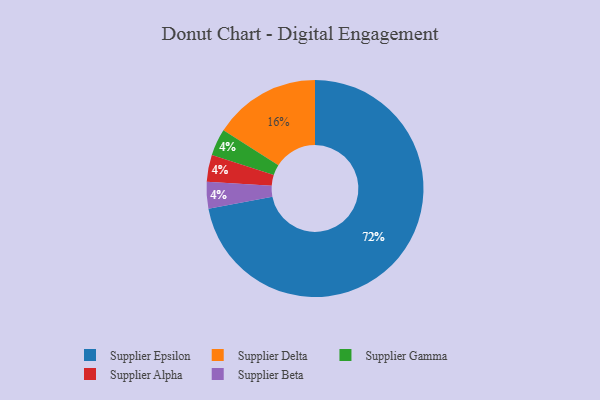
{"axis": {"x": "Category", "y": "Percentage"}, "legend": ["Supplier Alpha", "Supplier Beta", "Supplier Delta", "Supplier Epsilon", "Supplier Gamma"], "data": [{"x": "Supplier Gamma", "y": 4, "type": "Supplier Gamma"}, {"x": "Supplier Alpha", "y": 4, "type": "Supplier Alpha"}, {"x": "Supplier Beta", "y": 4, "type": "Supplier Beta"}, {"x": "Supplier Delta", "y": 16, "type": "Supplier Delta"}, {"x": "Supplier Epsilon", "y": 72, "type": "Supplier Epsilon"}]}